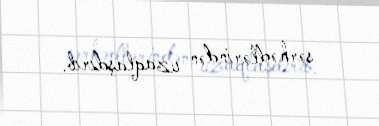
sərhədlərindən uzaqlaşdırıb.